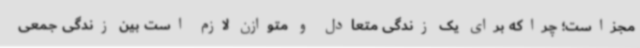
مجزاست؛ چراکه برای یک زندگی متعادل و متوازن لازم است بین زندگی جمعی